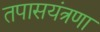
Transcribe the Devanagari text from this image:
तपासयंत्रणा